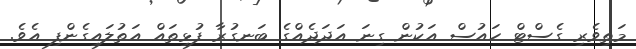
މަތިވެރި ގެސްޓް ހައުސް އަކުން ގިނަ އަދަދެއްގެ ބަނގުރާ ފުޅިތައް އަތުލައިގެންފި އެވެ.